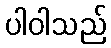
ပါဝါသည်